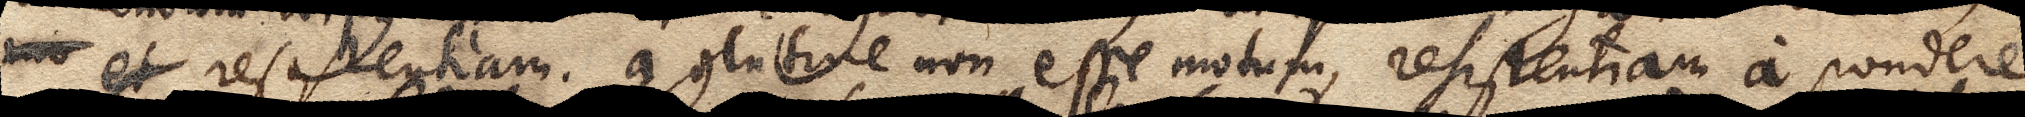
xx et resistentiam a glutine non esse motum, resistentiam a pondere